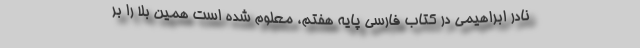
نادر ابراهیمی در کتاب فارسی پایه هفتم، معلوم شده است همین بلا را بر